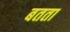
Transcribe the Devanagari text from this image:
बतता